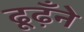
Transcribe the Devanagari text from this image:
ढूढ़ँने